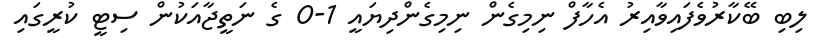
ލިބި ބޭކާރުވެފައިވާއިރު އެހާފް ނިމިގެން ނިމިގެންދިޔައީ 1-0 ގެ ނަތީޖާއަކުން ސިޓީ ކުރީގައި